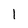
Character: 1